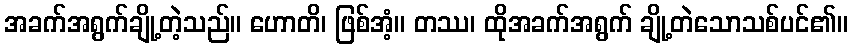
အခက်အရွက်ချို့တဲ့သည်။ ဟောတိ၊ ဖြစ်အံ့။ တဿ၊ ထိုအခက်အရွက် ချို့တဲသောသစ်ပင်၏။